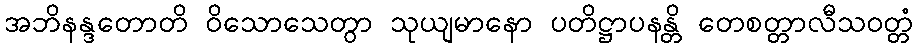
အဘိနန္ဒတောတိ ဝိသောသေတွာ သုယျမာနော ပတိဋ္ဌာပနန္တိ တေစတ္တာလီသဝတ္တံ